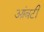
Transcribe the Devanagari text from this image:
आंबटी